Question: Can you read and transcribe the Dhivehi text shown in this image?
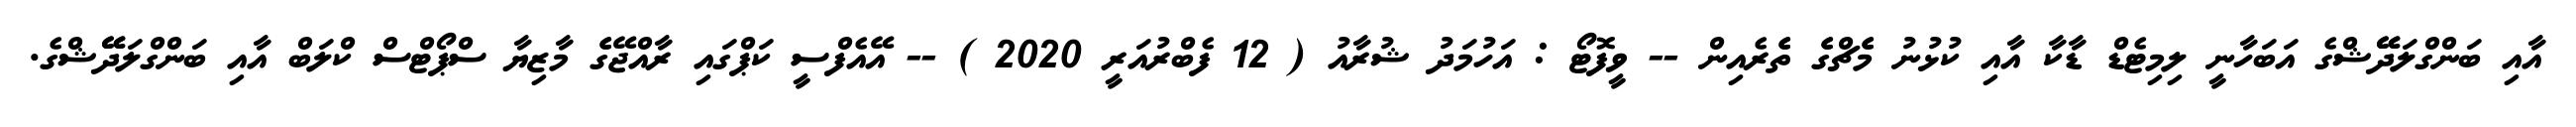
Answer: އާއި ބަންގްލަދޭޭޝްގެ އަބަހާނީ ލިމިޓެޑް ޑާކާ އާއި ކުޅުނު މެެޗްގެެ ތެެރެއިން -- ވީފޮޓޯ : އަހުމަދު ޝުރާއު ( 12 ފެބްރުއަރީ 2020 ) -- އޭއެފްސީ ކަޕްގައި ރާއްޖޭގެެ މާޒިޔާ ސްޕޯޓްސް ކްލަބް އާއި ބަންގްލަދޭޭޝްގެ.